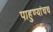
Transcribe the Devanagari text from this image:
पाहुण्यांचच